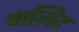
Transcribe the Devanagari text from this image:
गज़िट